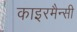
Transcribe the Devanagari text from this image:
काइरमैन्सी